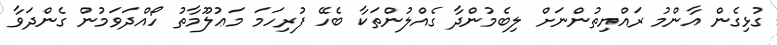
ގުޅިގެން އާންމު ރައްޔިތުންނަށް ލިބެމުންދާ ގެއްލުންތަކާ ބެހޭ ފުރިހަމަ މަޢުލޫމާތު ހޯއްދަވަމުން ގެންދަވާ